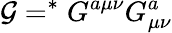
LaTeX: {\cal G}=^{\ast}G^{a\mu\nu}G_{\mu\nu}^{a}